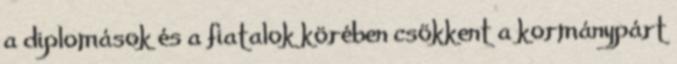
a diplomások és a fiatalok körében csökkent a kormánypárt